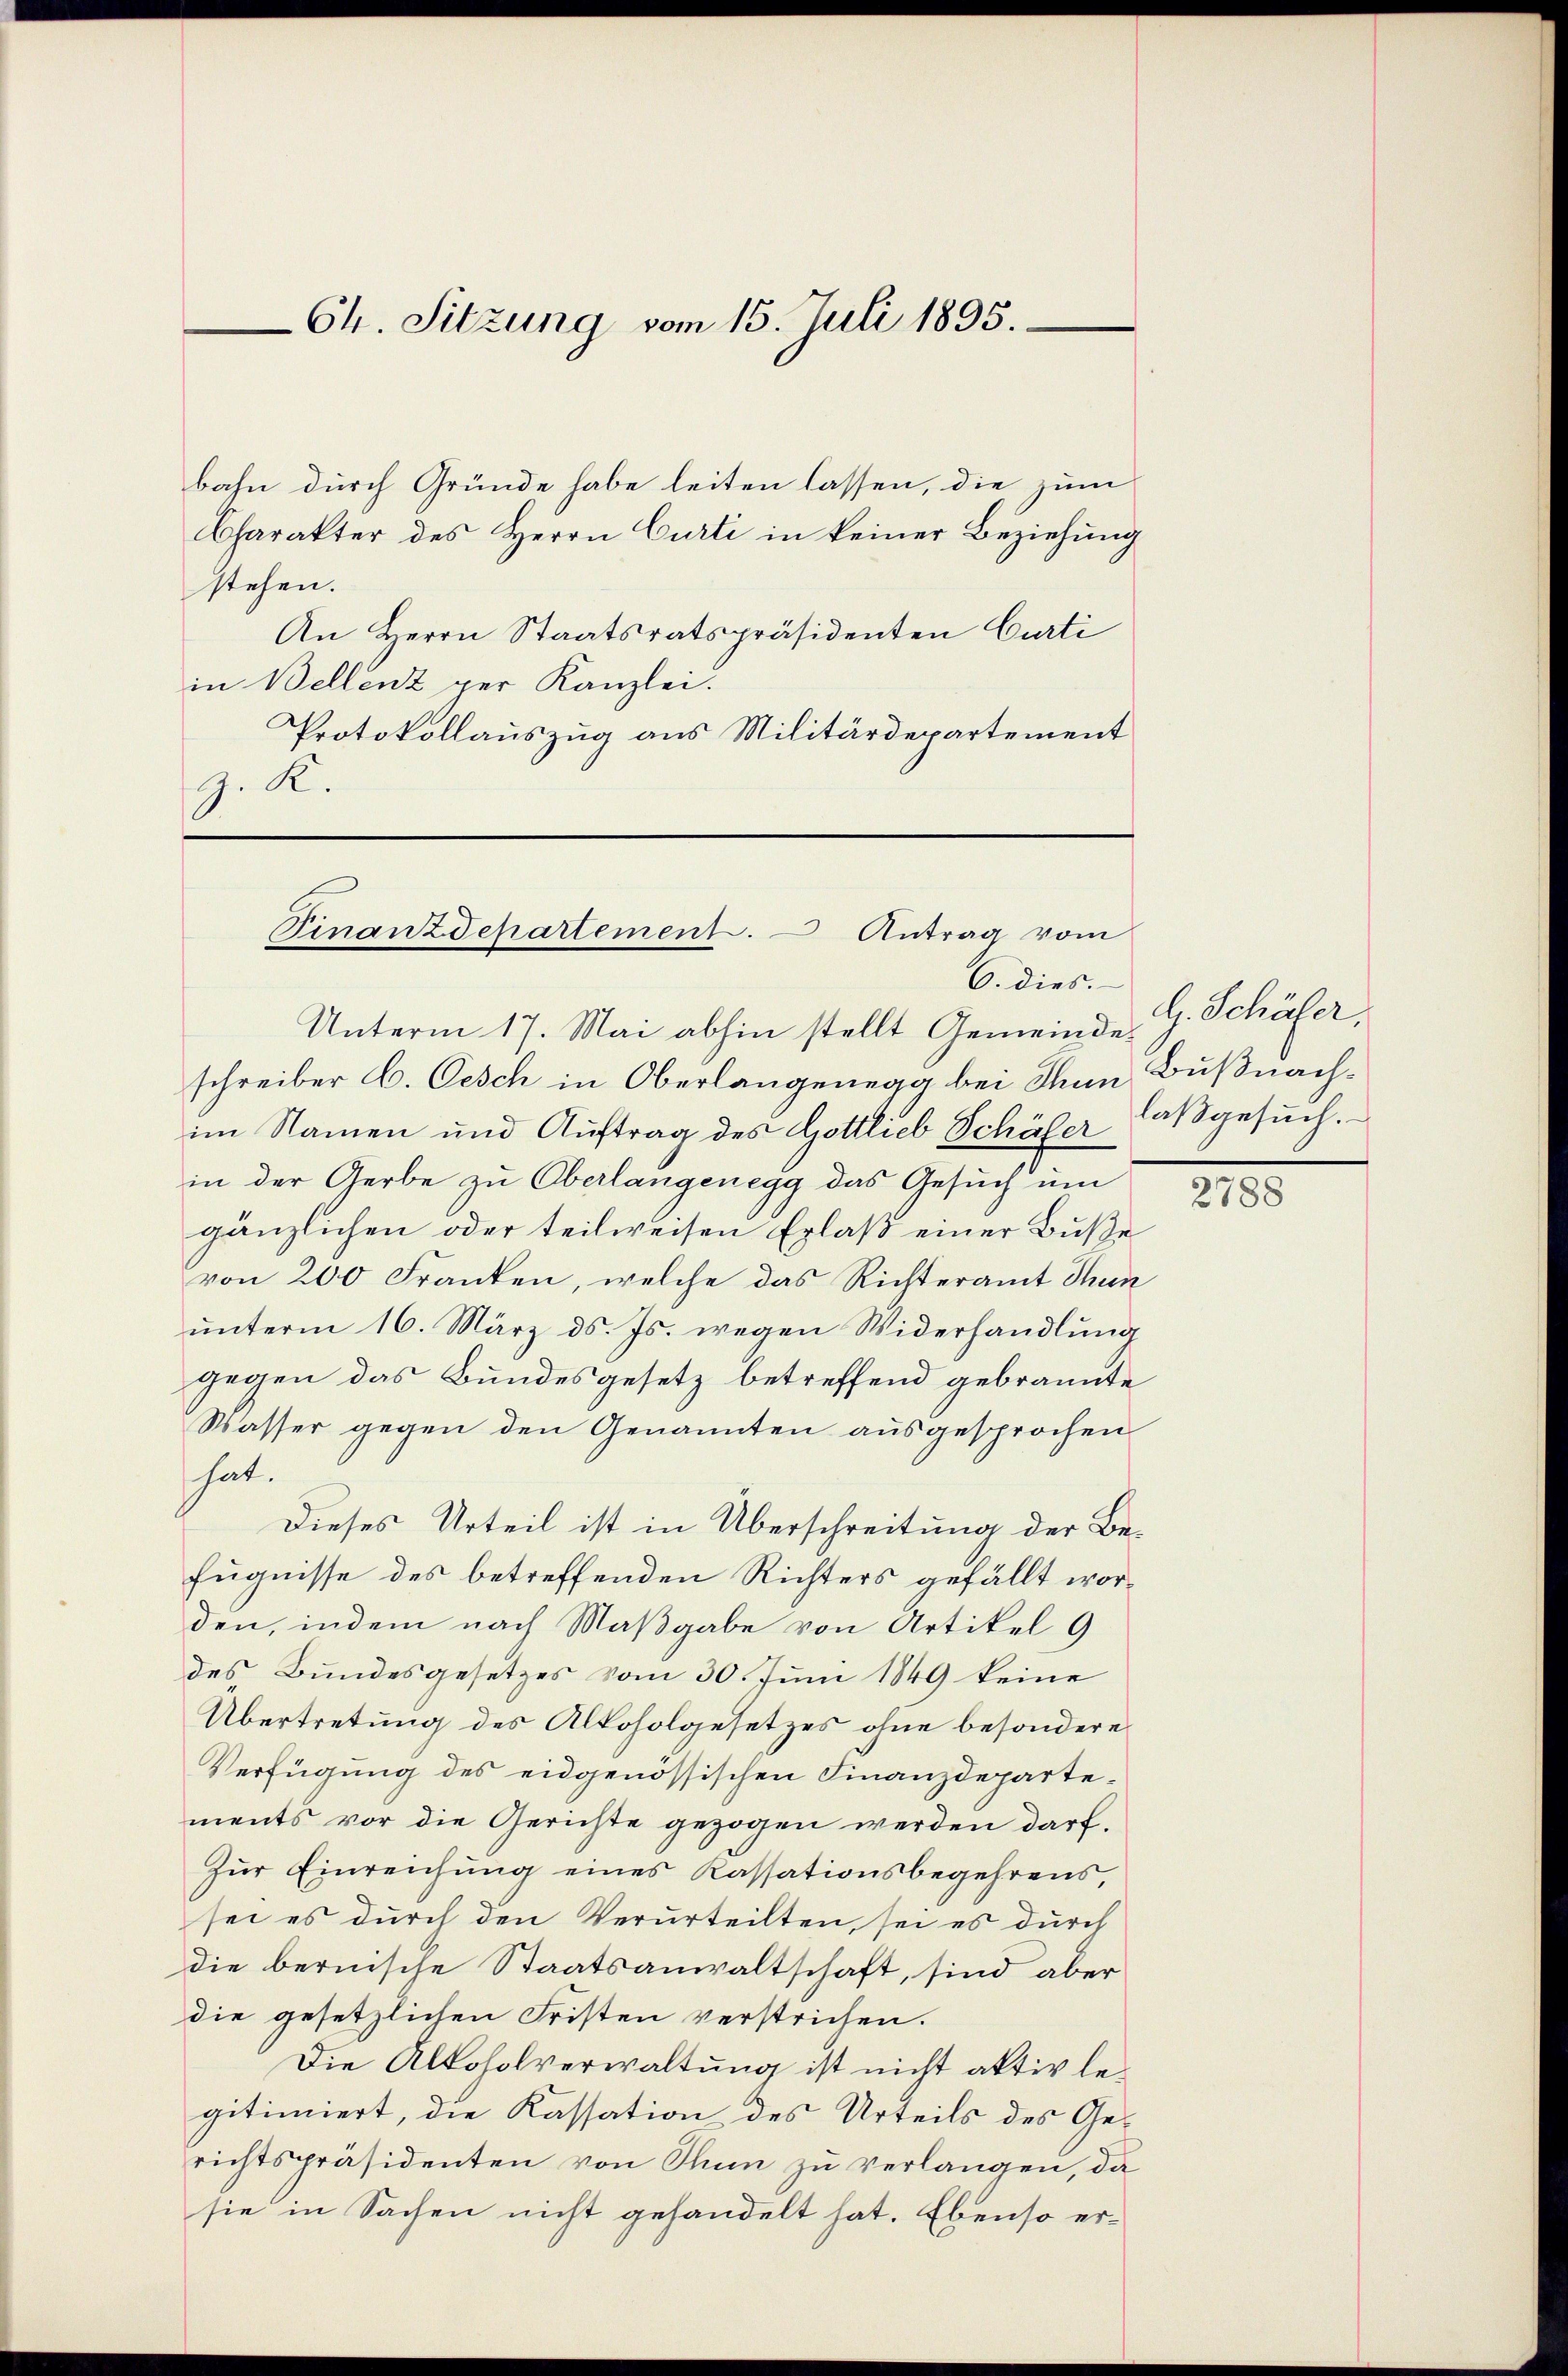
64. Sitzung vom 15. Juli 1895.

bahn durch Gründe habe leiten lassen, die zum
Charakter des Herrn Curti in keiner Beziehung
stehen.
An Herrn Staatsratspräsidenten Curti
in Bellenz per Kanzlei.
Protokollauszug aus Militärdepartement
J. K.

Finanzdepartement. Antrag vom
6. dies.

Unterm 17. Mai abhin stellt Gemeinde, G. Schäfer,
schreiber C. Oesch in Oberlangenegg bei Thun Bußnachim Namen und Auftrag des Gottlieb Schäfer
in der Gerbe zu Oberlangenegg das Gesuch um
gänzlichen oder teilweisen Erlaß einer Buße
von 200 Franken, welche das Richteramt Thun
ŭnterm 16. März d. Js. wegen Widerhandlŭng
gegen das Bundesgesetz betreffend gebrannte
Wasser gegen den Genannten ausgesprochen
hat.
Dieses Urteil ist in Überschreitung der Befugnisse des betreffenden Richters gefällt worden, indem nach Maßgabe von Artikel 9
des Bundesgesetzes vom 30. Juni 1849 keine
Übertretung des Alkoholgesetzes ohne besondere
Verfügung des eidgenössischen Finanzdepartements vor die Gerichte gezogen werden darf.
Zur Einreichung eines Kassationsbegehrens,
sei es durch den Verurteilten, sei es durch
die bernische Staatsanwaltschaft, sind aber
die gesetzlichen Fristen verstrichen.
Die Alkoholverwaltung ist nicht aktiv legitimiert, die Kassation des Urteils des Gerichtspräsidenten von Thun zu verlangen, da
sie in Sachen nicht gehandelt hat. Ebenso er¬

laßgesuch.

2788